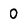
Character: 0